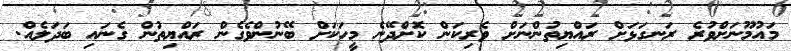
މައުމޫނަށްވުރެ ރަނގަޅަށް ރައްޔިތުންނަށް ވެރިކަން ކޮށްދޭނެ މީހަކަށް ބޭނުންވެގެން ރައްޔިތުން ގެނައި ބަދަލެއް.